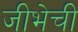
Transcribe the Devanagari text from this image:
जीभेची